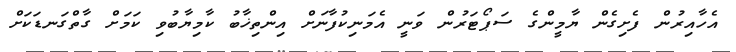
އެހާއިރުން ފެށިގެން ޔާމީންގެ ސަޕޯޓަރުން ވަނީ އެމަނިކުފާނަށް އިންތިޚާބު ކާމިޔާބުވި ކަމަށް ގާތްގަނޑަކަށް